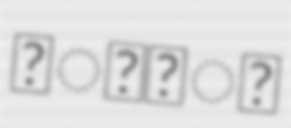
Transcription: கோவி